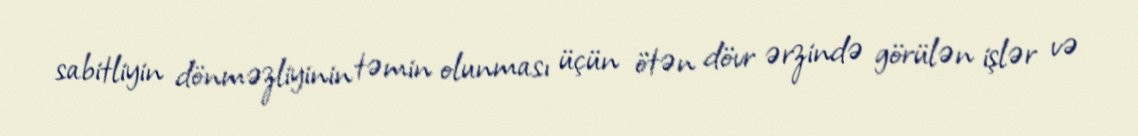
sabitliyin dönməzliyinin təmin olunması üçün ötən dövr ərzində görülən işlər və